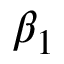
\beta _ { 1 }